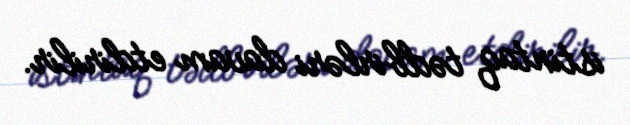
istintaq tədbirləri davam etdirilir.